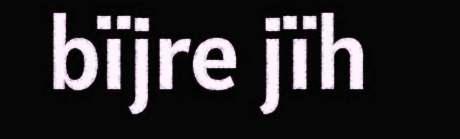
bïjre jïh